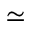
\simeq